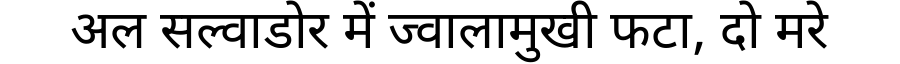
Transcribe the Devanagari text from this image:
अल सल्वाडोर में ज्वालामुखी फटा, दो मरे